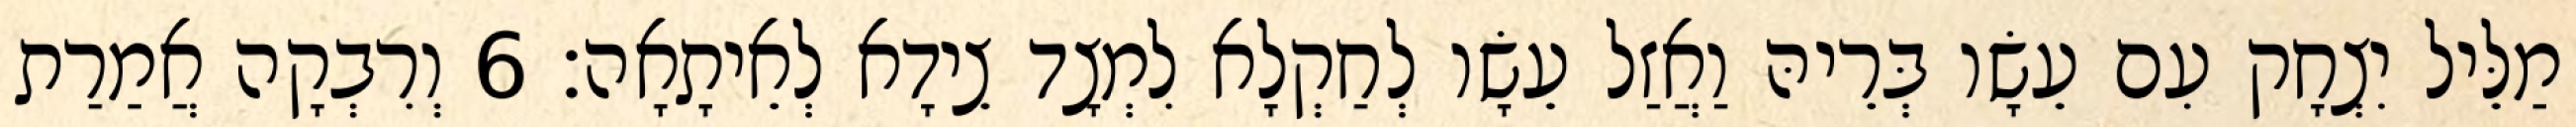
מַלֵּיל יִצְחָק עִם עֵשָׂו בְּרֵיהּ וַאֲזַל עֵשָׂו לְחַקְלָא לִמְצָד צֵידָא לְאֵיתָאָה׃ 6 וְרִבְקָה אֲמַרַת